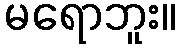
မရောဘူး။